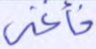
فأغنى